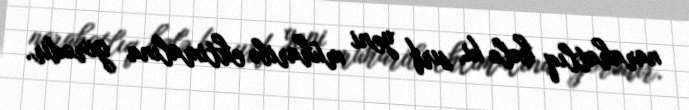
narahatlıq hələ ki, sırf yeni müharibə ehtimalına görədir.